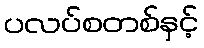
ပလပ်စတစ်နှင့်